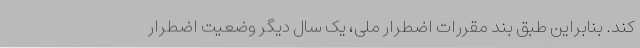
کند. بنابراین طبق بند مقررات اضطرار ملی، یک سال دیگر وضعیت اضطرار